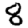
Digit: 8